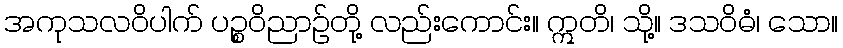
အကုသလဝိပါက် ပဉ္စဝိညာဉ်တို့ လည်းကောင်း။ ဣတိ၊ သို့။ ဒသဝိဓံ၊ သော။